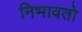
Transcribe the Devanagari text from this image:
निभावतो